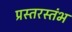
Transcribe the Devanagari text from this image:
प्रस्तरस्तंभ